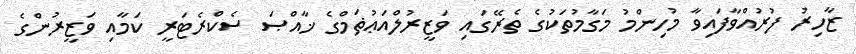
ޒާހިރު ފުރުއްވާފައިވާ މުހިންމު މަގާމުތަކުގެ ތެރޭގައި ވަޒީރުލްއަޢުޡަމްގެ ޚާއްޞަ ސެކްރެޓަރީ ކަމާއި ވަޒީރުންގެ